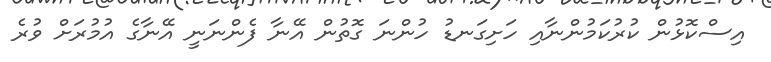
އިސްކޮޅުން ކުރުކަމުންނާއި ހަށިގަނޑު ހުންނަ ގޮތުން އޭނާ ފެންނަނީ އޭނާގެ އުމުރަށް ވުރެ